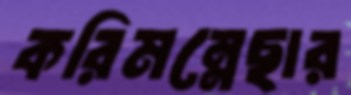
করিমন্নেছার